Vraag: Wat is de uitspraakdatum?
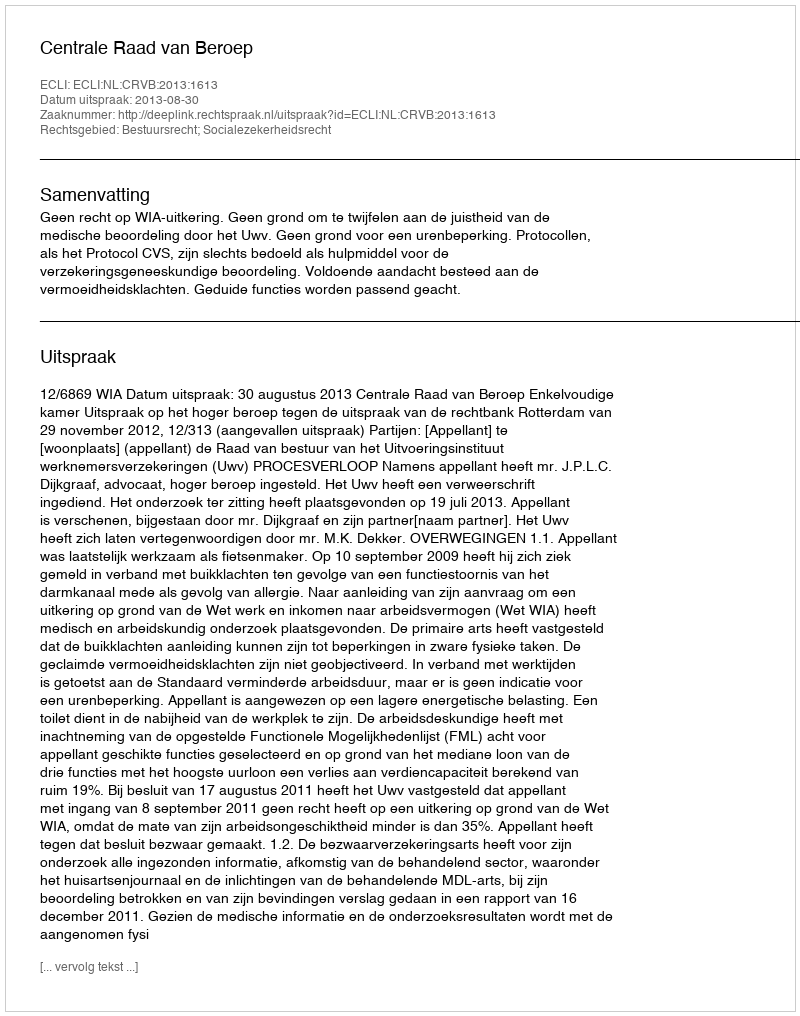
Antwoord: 2013-08-30